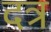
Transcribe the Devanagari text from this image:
दत्र